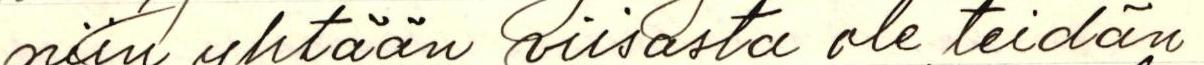
niin yhtään viisasta ole teidän